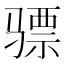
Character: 骠